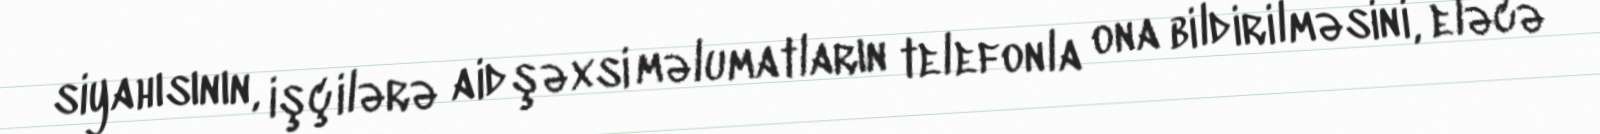
siyahısının, işçilərə aid şəxsi məlumatların telefonla ona bildirilməsini, eləcə